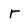
Character: r